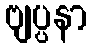
ဗျပ္ပနာ